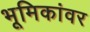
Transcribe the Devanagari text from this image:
भूमिकांवर